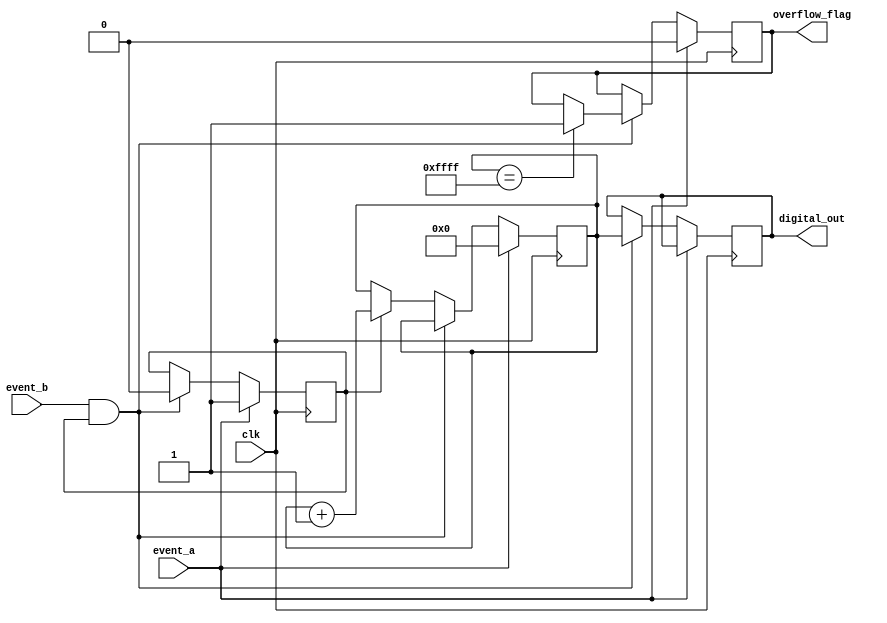
module TDC (
    input wire clk,              // High-resolution clock
    input wire event_a,          // Event A input
    input wire event_b,          // Event B input
    output reg [15:0] digital_out, // Digital output representing time interval
    output reg overflow_flag      // Overflow flag
);

    reg [15:0] counter;          // Counter for clock cycles
    reg measuring;               // State to indicate if measuring is active

    // State machine for control logic
    always @(posedge clk) begin
        if (event_a) begin
            // Start measuring on Event A
            counter <= 16'b0;    // Reset counter
            measuring <= 1'b1;   // Set measuring flag
            overflow_flag <= 1'b0; // Clear overflow flag
        end else if (event_b && measuring) begin
            // Stop measuring on Event B
            measuring <= 1'b0;   // Clear measuring flag
            digital_out <= counter; // Output the counter value
            if (counter == 16'hFFFF) begin
                overflow_flag <= 1'b1; // Set overflow flag if counter overflow
            end
        end else if (measuring) begin
            // Increment counter while measuring
            counter <= counter + 1'b1;
        end
    end

endmodule